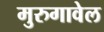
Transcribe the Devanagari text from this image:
मुरुगावेल